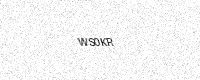
Text: WS0KR